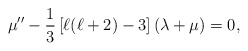
\begin{align*}\mu''-\frac{1}{3}\left[\ell(\ell+2)-3\right]\left(\lambda+\mu\right)=0 ,\end{align*}